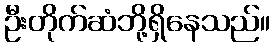
ဦးတိုက်ဆံဘို့ရှိနေသည်။